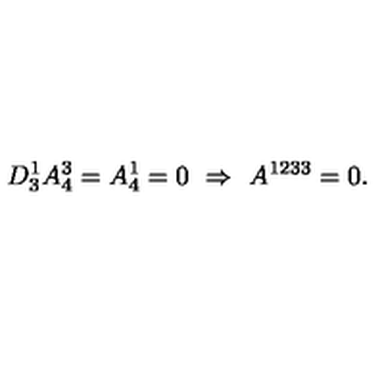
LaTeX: D _ { 3 } ^ { 1 } A _ { 4 } ^ { 3 } = A _ { 4 } ^ { 1 } = 0 \ \Rightarrow \ A ^ { 1 2 3 3 } = 0 .